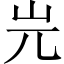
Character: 𡵉